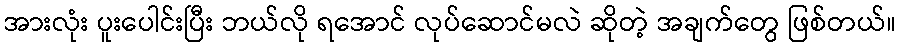
အားလုံး ပူးပေါင်းပြီး ဘယ်လို ရအောင် လုပ်ဆောင်မလဲ ဆိုတဲ့ အချက်တွေ ဖြစ်တယ်။